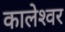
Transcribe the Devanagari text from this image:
कालेश्‍वर